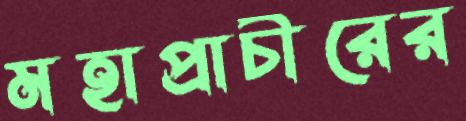
মহাপ্রাচীরের